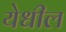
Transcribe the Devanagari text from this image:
येधील